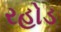
રહોડ